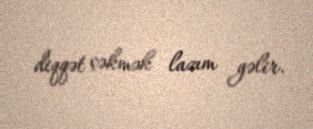
diqqət çəkmək lazım gəlir.